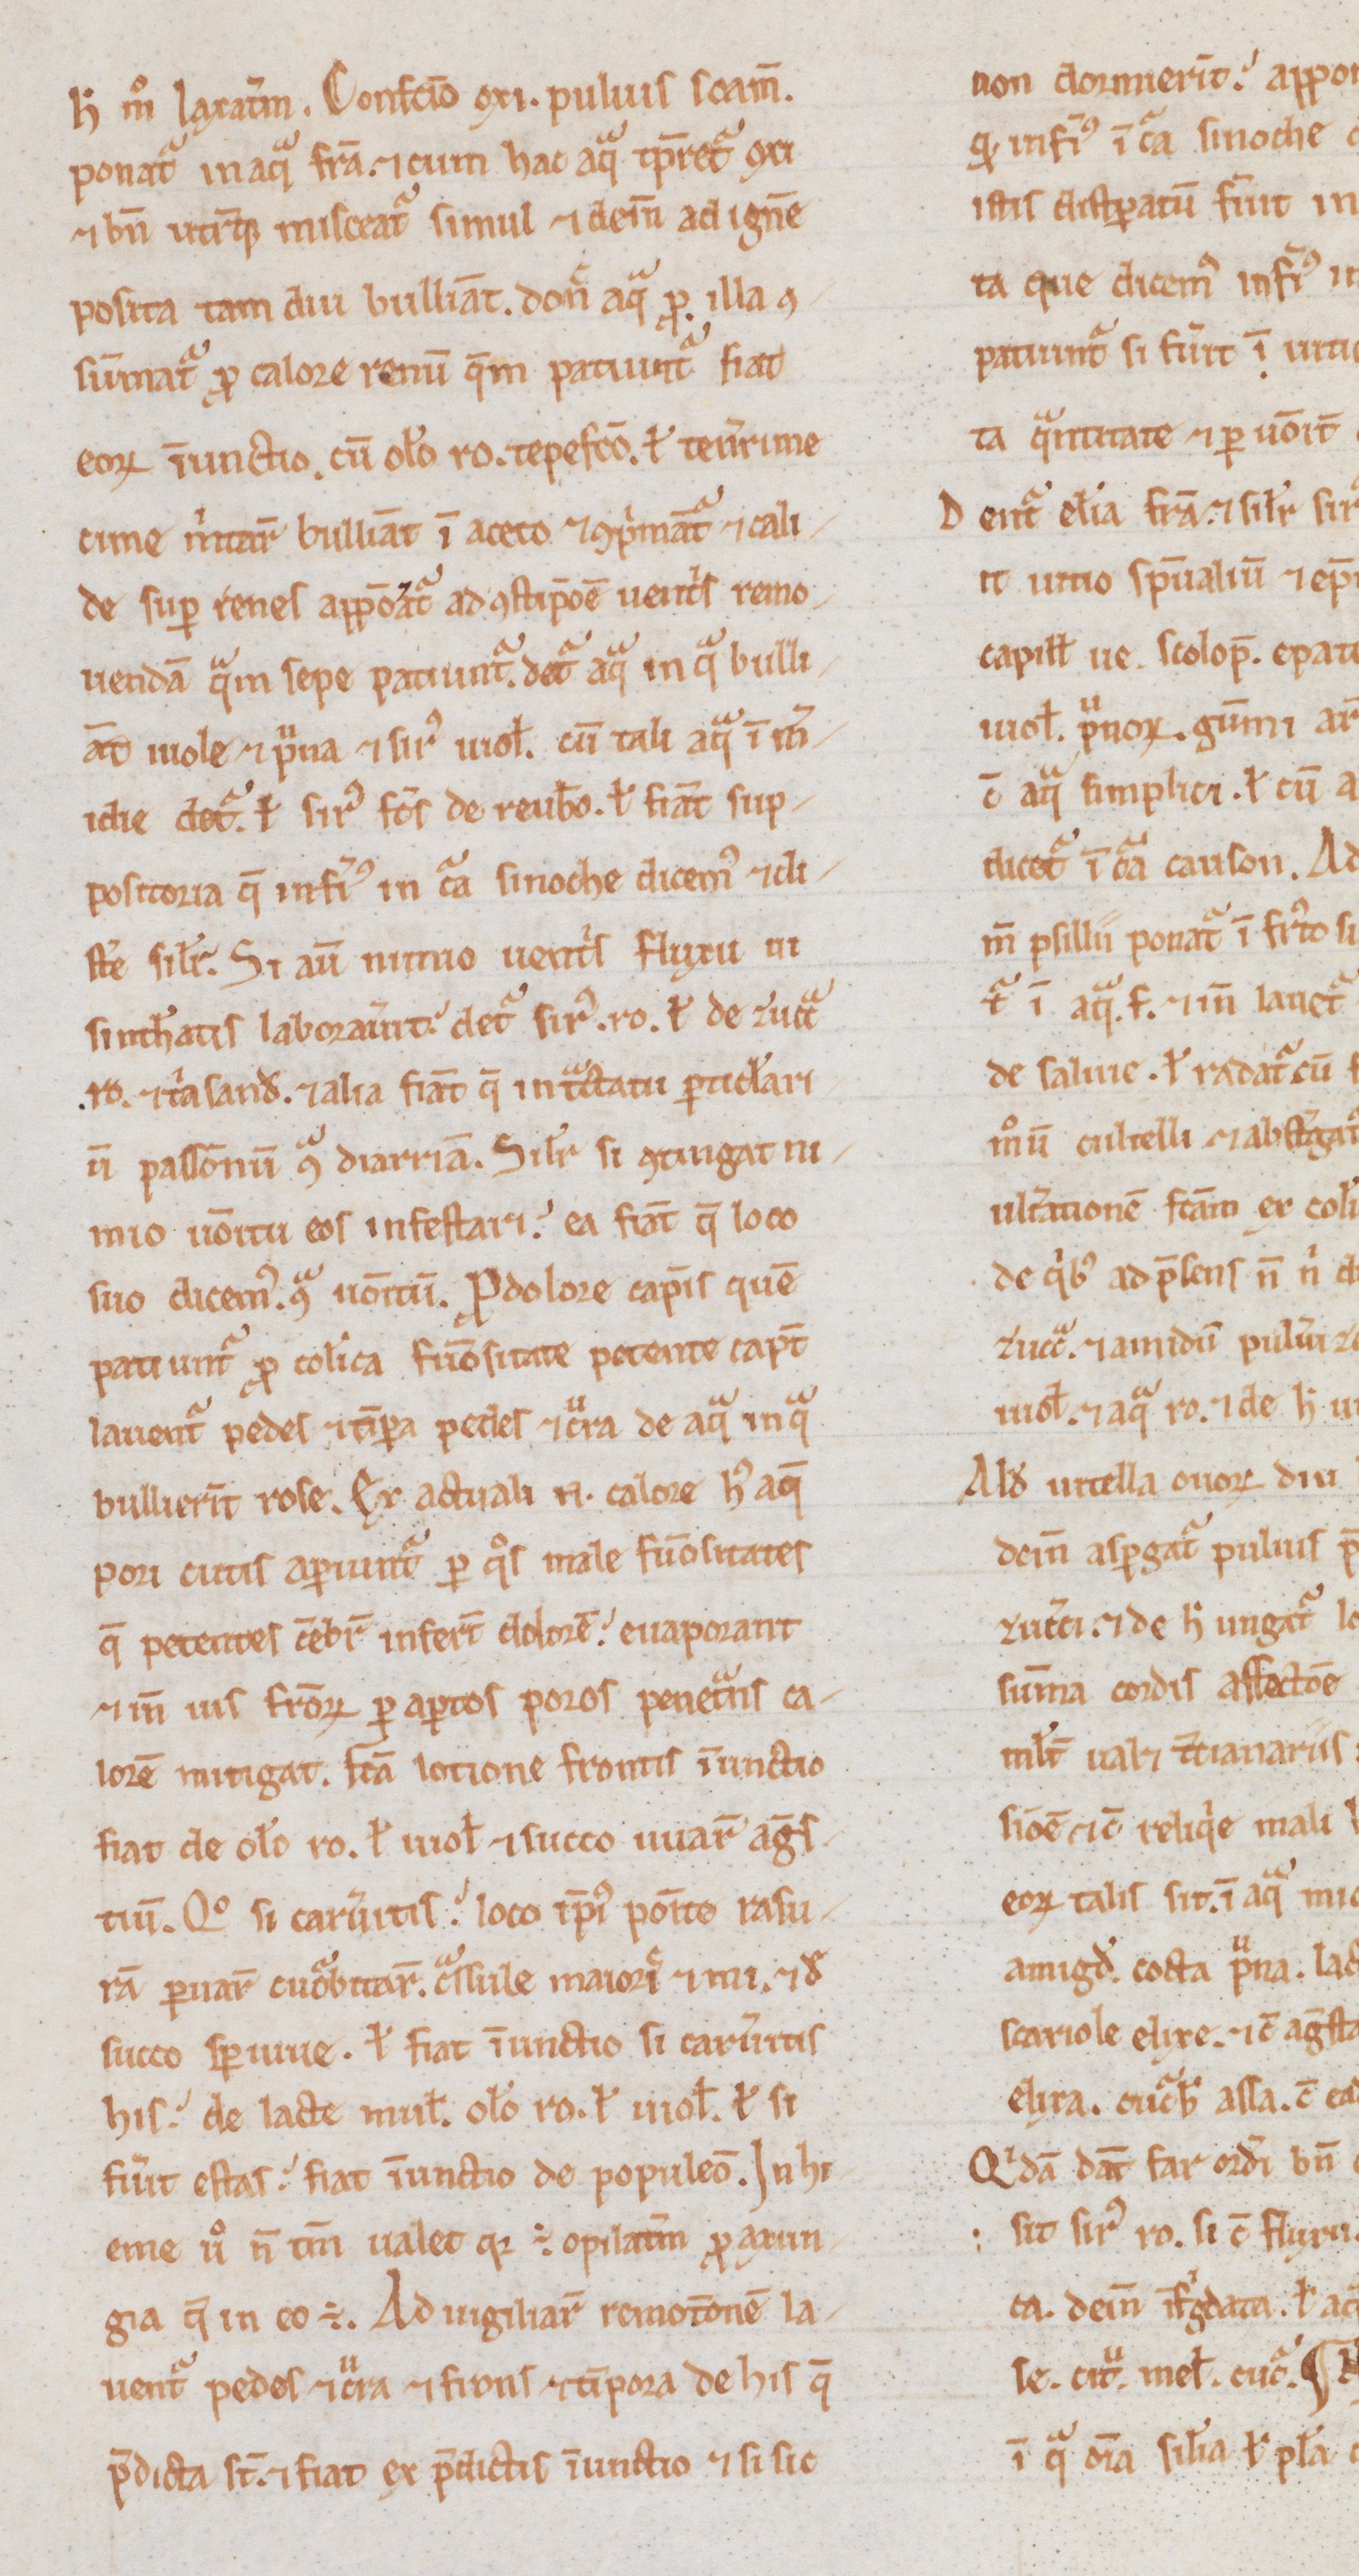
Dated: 1200–1299